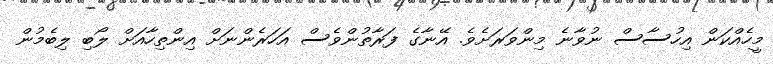
މީހެއްކަން އިހުސާސް ނުވާނެ މިންވަރަށެވެ. އޭނާގެ ފަރާތުންވެސް އަހަރެންނަށް އިންތިހާއަށް ލޯބި ލިބެމުން